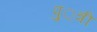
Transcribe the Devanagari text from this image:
पु़़त्री